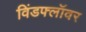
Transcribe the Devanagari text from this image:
विंडफ्लॉवर